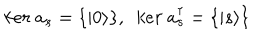
k e r \ a _ { s } = \{ | 0 \rangle \} , \ \ k e r \ a _ { s } ^ { \dagger } = \{ | s \rangle \}